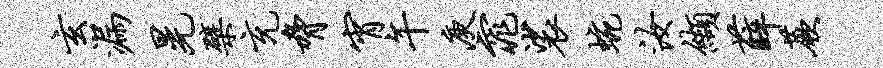
玄漏晃檗充胁宵午庾窕裟蜿汝缬薛蕨